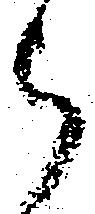
被